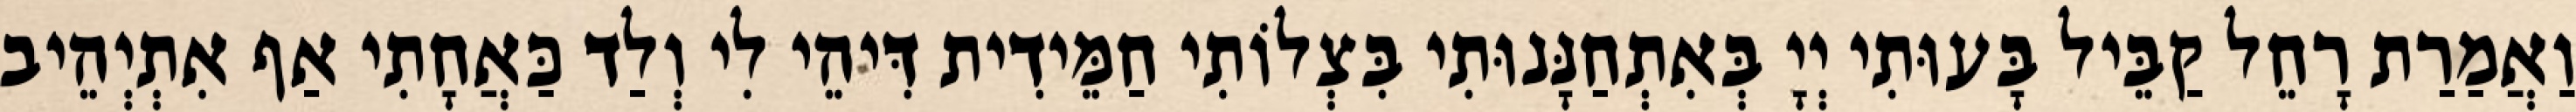
וַאֲמַרַת רָחֵל קַבֵּיל בָּעוּתִי יְיָ בְּאִתְחַנָּנוּתִי בִּצְלוֹתִי חַמֵּידִית דִּיהֵי לִי וְלַד כַּאֲחָתִי אַף אִתְיְהֵיב